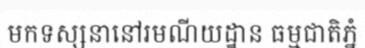
មកទស្សនានៅរមណីយដ្ឋាន ធម្មជាតិភ្នំ